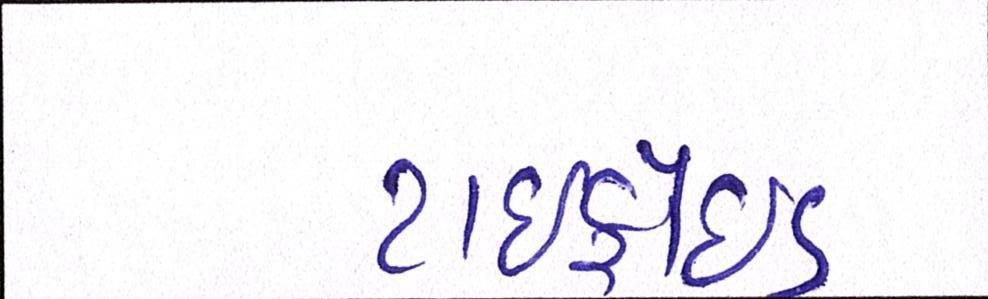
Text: ટાઇફોઇડ